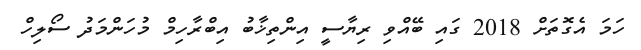
ހަމަ އެގޮތަށް 2018 ގައި ބޭއްވި ރިޔާސީ އިންތިޚާބު އިބްރާހިމް މުހަންމަދު ސޯލިހް